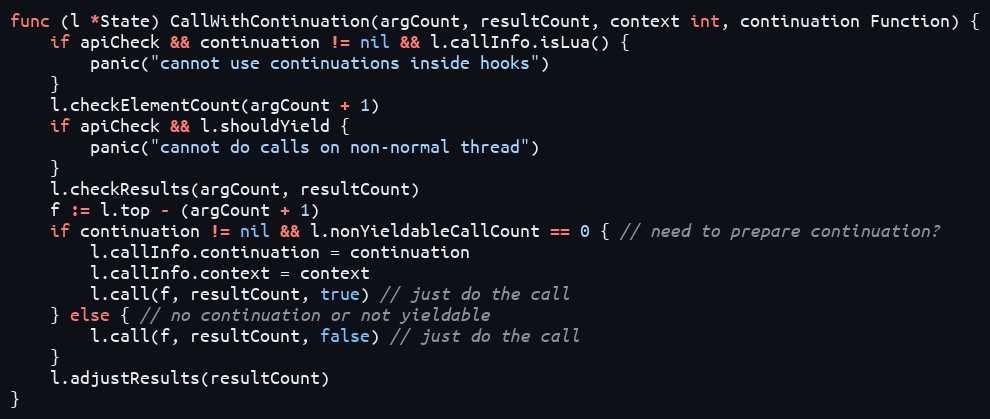
Language: Go
func (l *State) CallWithContinuation(argCount, resultCount, context int, continuation Function) {
	if apiCheck && continuation != nil && l.callInfo.isLua() {
		panic("cannot use continuations inside hooks")
	}
	l.checkElementCount(argCount + 1)
	if apiCheck && l.shouldYield {
		panic("cannot do calls on non-normal thread")
	}
	l.checkResults(argCount, resultCount)
	f := l.top - (argCount + 1)
	if continuation != nil && l.nonYieldableCallCount == 0 { // need to prepare continuation?
		l.callInfo.continuation = continuation
		l.callInfo.context = context
		l.call(f, resultCount, true) // just do the call
	} else { // no continuation or not yieldable
		l.call(f, resultCount, false) // just do the call
	}
	l.adjustResults(resultCount)
}